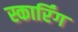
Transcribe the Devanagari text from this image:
स्कार्रिंग